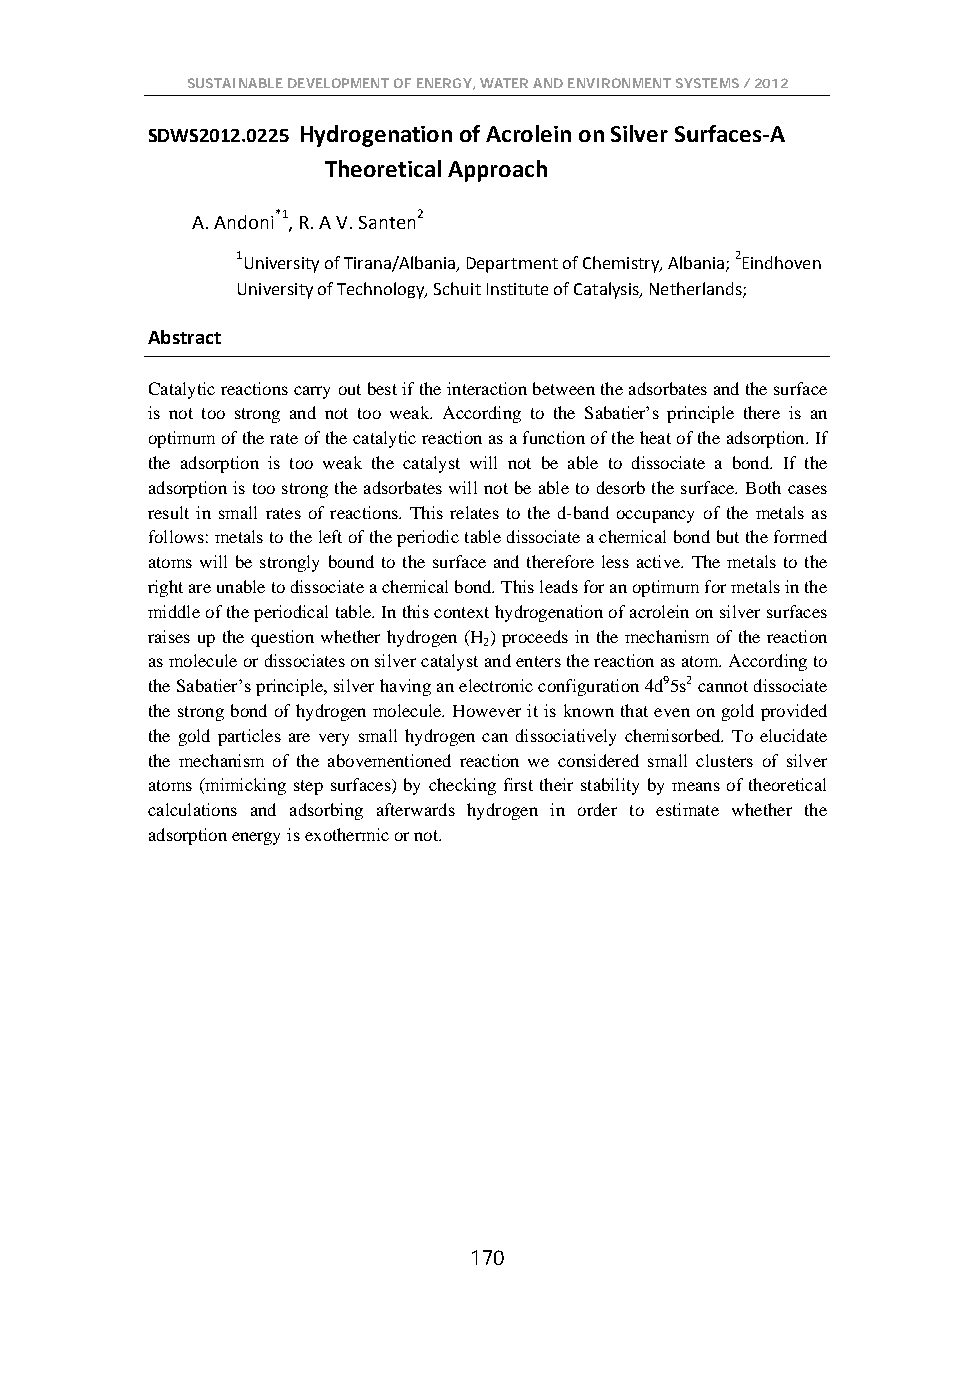
SUSTAINABLE DEVELOPMENT OF ENERGY, WATER AND ENVIRONMENT SYSTEMS / 2012
 SDWS2012.0225 Hydrogenation of Acrolein on Silver Surfaces-A
 Theoretical Approach
 A. Andoni*1, R. A V. Santen2
 1University of Tirana/Albania, Department of Chemistry, Albania; 2Eindhoven
 University of Technology, Schuit Institute of Catalysis, Netherlands;
 Abstract
 Catalytic reactions carry out best if the interaction between the adsorbates and the surface
 is not too strong and not too weak. According to the Sabatier’s principle there is an
 optimum of the rate of the catalytic reaction as a function of the heat of the adsorption. If
 the adsorption is too weak the catalyst will not be able to dissociate a bond. If the
 adsorption is too strong the adsorbates will not be able to desorb the surface. Both cases
 result in small rates of reactions. This relates to the d-band occupancy of the metals as
 follows: metals to the left of the periodic table dissociate a chemical bond but the formed
 atoms will be strongly bound to the surface and therefore less active. The metals to the
 right are unable to dissociate a chemical bond. This leads for an optimum for metals in the
 middle of the periodical table. In this context hydrogenation of acrolein on silver surfaces
 raises up the question whether hydrogen (H) proceeds in the mechanism of the reaction
 2
 as molecule or dissociates on silver catalyst and enters the reaction as atom. According to
 the Sabatier’s principle, silver having an electronic configuration 4d95s2 cannot dissociate
 the strong bond of hydrogen molecule. However it is known that even on gold provided
 the gold particles are very small hydrogen can dissociatively chemisorbed. To elucidate
 the mechanism of the abovementioned reaction we considered small clusters of silver
 atoms (mimicking step surfaces) by checking first their stability by means of theoretical
 calculations and adsorbing afterwards hydrogen in order to estimate whether the
 adsorption energy is exothermic or not.
 170